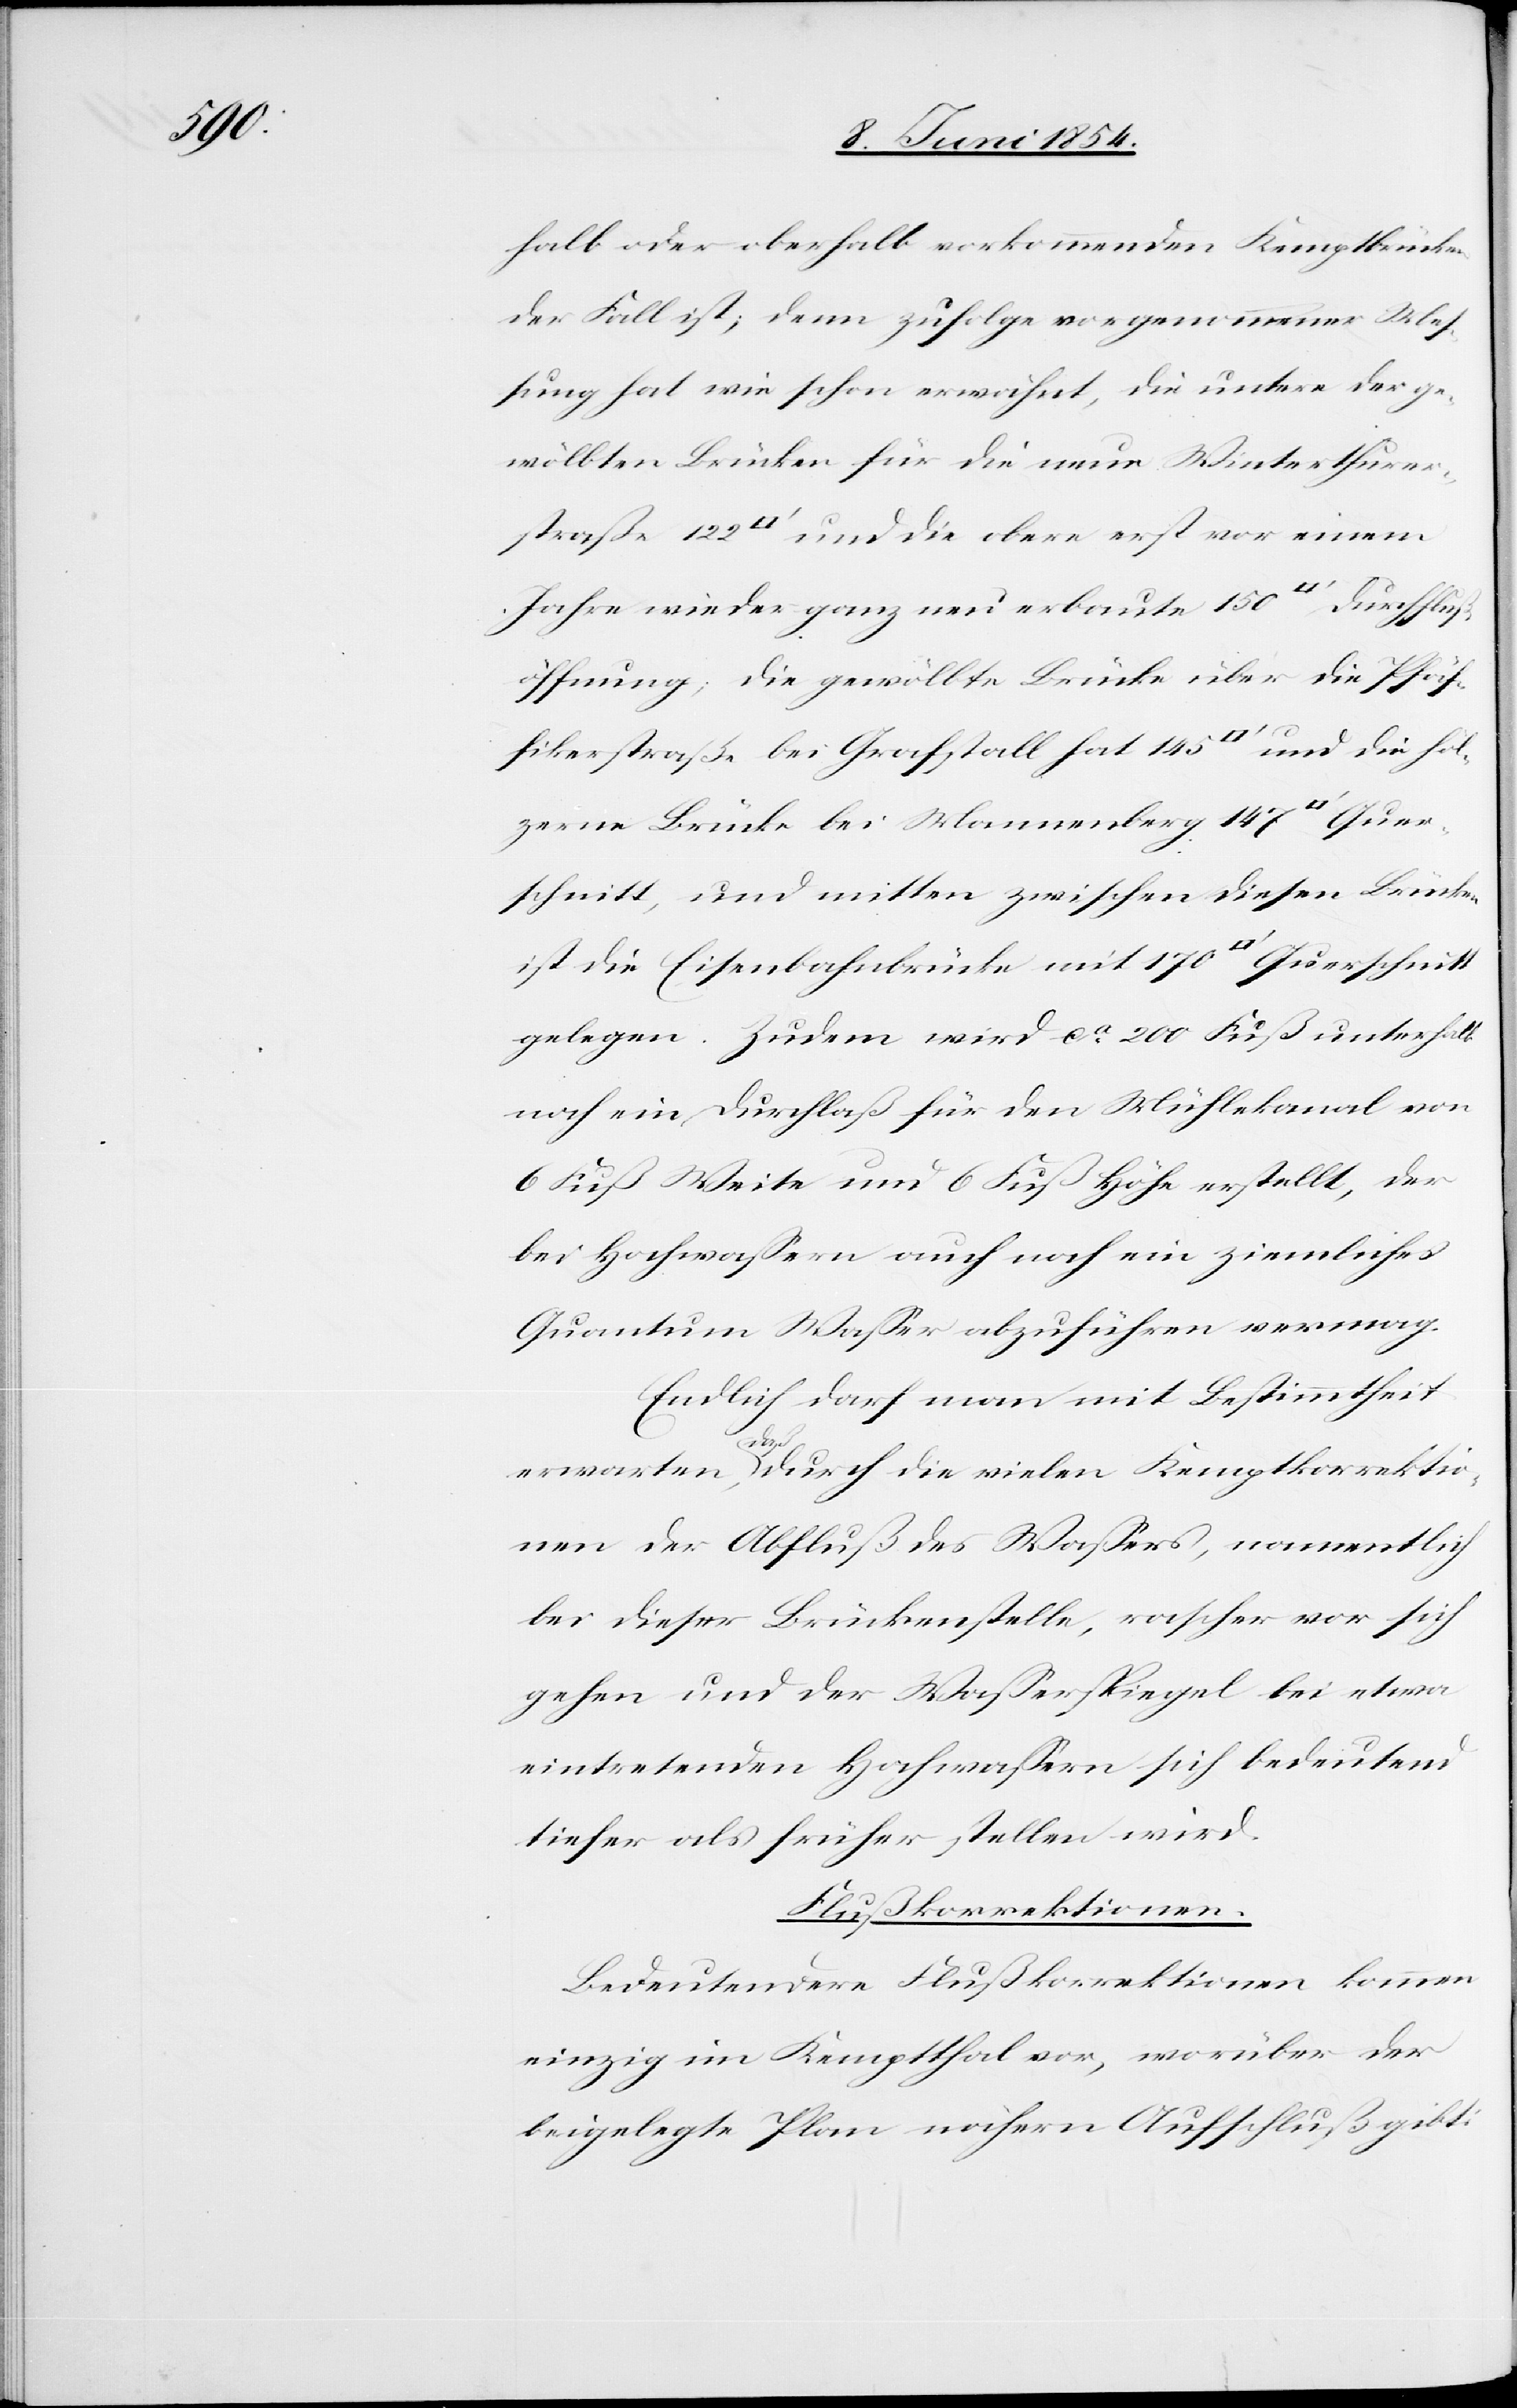
Quer¬

halb oder oberhalb vorkommenden Kemptbrücken
der Fall ist; denn zufolge vorgenommener Meß¬
ung hat wie schon erwähnt, die untere der ge¬
wölbten Brücken für die neue Winterthurers¬
tfuß] und die obere erst vor einem
Jahre wieder ganz neu erbaute 150 [Quadratfuß] Durchfluß¬
öffnung; die gewölbte Brücke über die Pfäf¬
fikerstraße bei Grafstall hat 145 [Quadratfuß] und die höl¬
zerne Brücke bei Mannenberg 147 [Quadr¬
schnitt, und mitten zwischen diesen Brücken
ist die Eisenbahnbrücke mit 170 [Quadratfuß]
gelegen. Zudem wird ca 200 Fuß unterhalb
noch ein Durchlaß für den Mühlekanal von
6 Fuß Weite und 6 Fuß Höhe erstellt, der
bei Hochwaßern auch noch ein ziemliches
Quantum Waßer abzuführen vermag.
Endlich darf man mit Bestimmtheit
erwarten, a-daß-a durch die vielen Kemptkorrektio¬
nen der Abfluß des Waßers, namentlich
bei dieser Brückenstelle, rascher vor sich
gehen und der Waßerspiegel bei etwa
eintretenden Hochwaßern sich bedeutend
tiefer als früher stellen wird.
Flußkorrektionen.
Bedeutendere Flußkorrektionen kommen
einzig im Kemptthal vor, worüber der
beigelegte Plan nähern Aufschluß gibt: